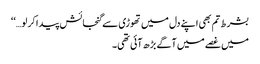
بشرط تم بھی اپنے دل میں تھوڑی سے گنجائش پیدا کر لو…‘‘
میں غصے میں آگے بڑھ آئی تھی۔